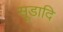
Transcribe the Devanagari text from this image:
सूडादि